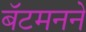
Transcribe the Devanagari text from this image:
बॅटमनने